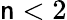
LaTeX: \mathsf{n}<2